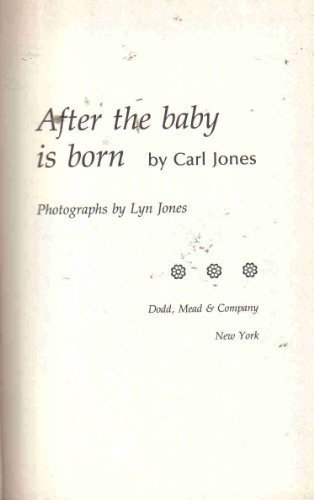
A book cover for After the Baby Is Born; Carl Jones; Health, Fitness & Dieting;